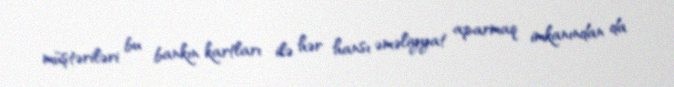
müştəriləri bu bankın kartları ilə hər hansı əməliyyat aparmaq imkanından da